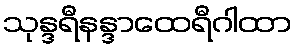
သုန္ဒရီနန္ဒာထေရီဂါထာ